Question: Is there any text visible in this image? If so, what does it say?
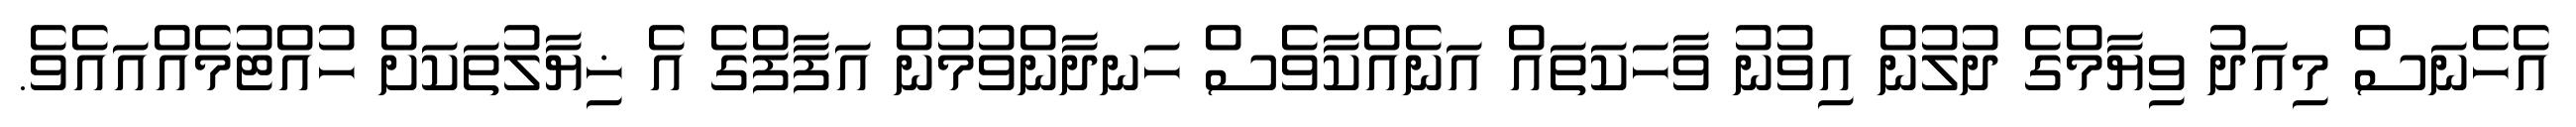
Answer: އެހެނަސް މިއަދު ވިޔާމްގެ ދުލުން އިވުނު ވާހަކަތައް އަނެއްކާވެސް ހަނދާންވުމުން އަފާފްގެ އެ ޚިޔާލުތަކަށް ހުއްޓުމެއްއައެވެ.